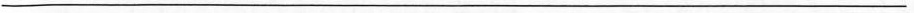
___